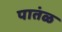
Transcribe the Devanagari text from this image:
पातंळ